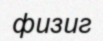
физиг